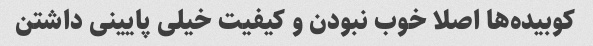
کوبیده‌ها اصلا خوب نبودن و کیفیت خیلی پایینی داشتن